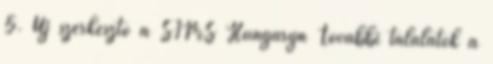
5. Új szerkesztő a SIMS Hungaryn További találatok a